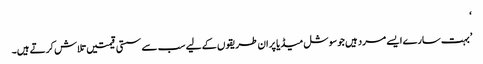
‘
’بہت سارے ایسے مرد ہیں جو سوشل میڈیا پر ان طریقوں کے لیے سب سے سستی قیمتیں تلاش کرتے ہیں۔